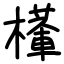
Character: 檋